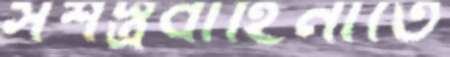
সশস্ত্রবাহিনীতে